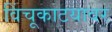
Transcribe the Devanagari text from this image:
विंचूकाटयावर